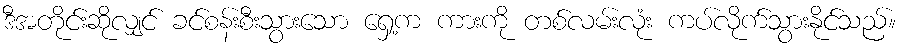
ဒီအတိုင်းဆိုလျှင် ခင်စန်းစီးသွားသော ရှေ့က ကားကို တစ်လမ်းလုံး ကပ်လိုက်သွားနိုင်သည်။